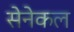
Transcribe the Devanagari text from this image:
सेनेकल